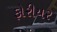
ફોરીયર